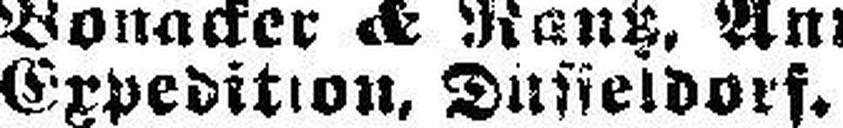
Expedition, Düsseldorf